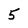
Character: 5